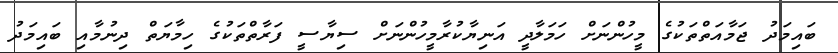
ބައިމަދު ޖަމާއަތްތަކުގެ މީހުންނަށް ހަމަލާދީ އަނިޔާކުރާމީހުންނަށް ސިޔާސީ ފަރާތްތަކުގެ ހިމާޔަތް ދިނުމާއި ބައިމަދު